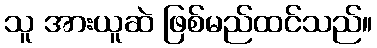
သူ အားယူဆဲ ဖြစ်မည်ထင်သည်။